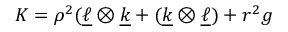
K = \rho ^ { 2 } ( \underline { { \ell } } \otimes \underline { { k } } + ( \underline { { k } } \otimes \underline { { \ell } } ) + r ^ { 2 } g